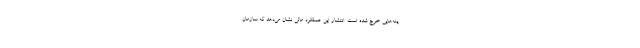
ینه‌هایی خرج شده است. انتشار این عملکرد مالی نشان می‌دهد که سازمان